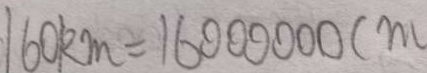
1 6 0 k m = 1 6 0 0 0 0 0 0 c m